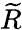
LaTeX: \widetilde{R}